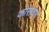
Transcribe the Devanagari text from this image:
कोर्सवर